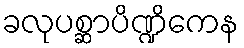
ခလုပစ္ဆာပိဏ္ဍိကေန